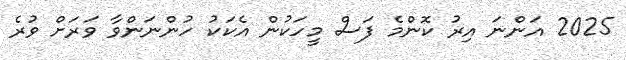
2025 އަންނަ އިރު ކޮންމެ ފަސް މީހަކުން އެކަކު ހުންނަންވާ ވަރަށް ވުރެ